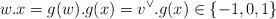
LaTeX: \begin{align*}w.x = g(w).g(x) = v^\vee.g(x) \in \{-1,0,1\}\end{align*}